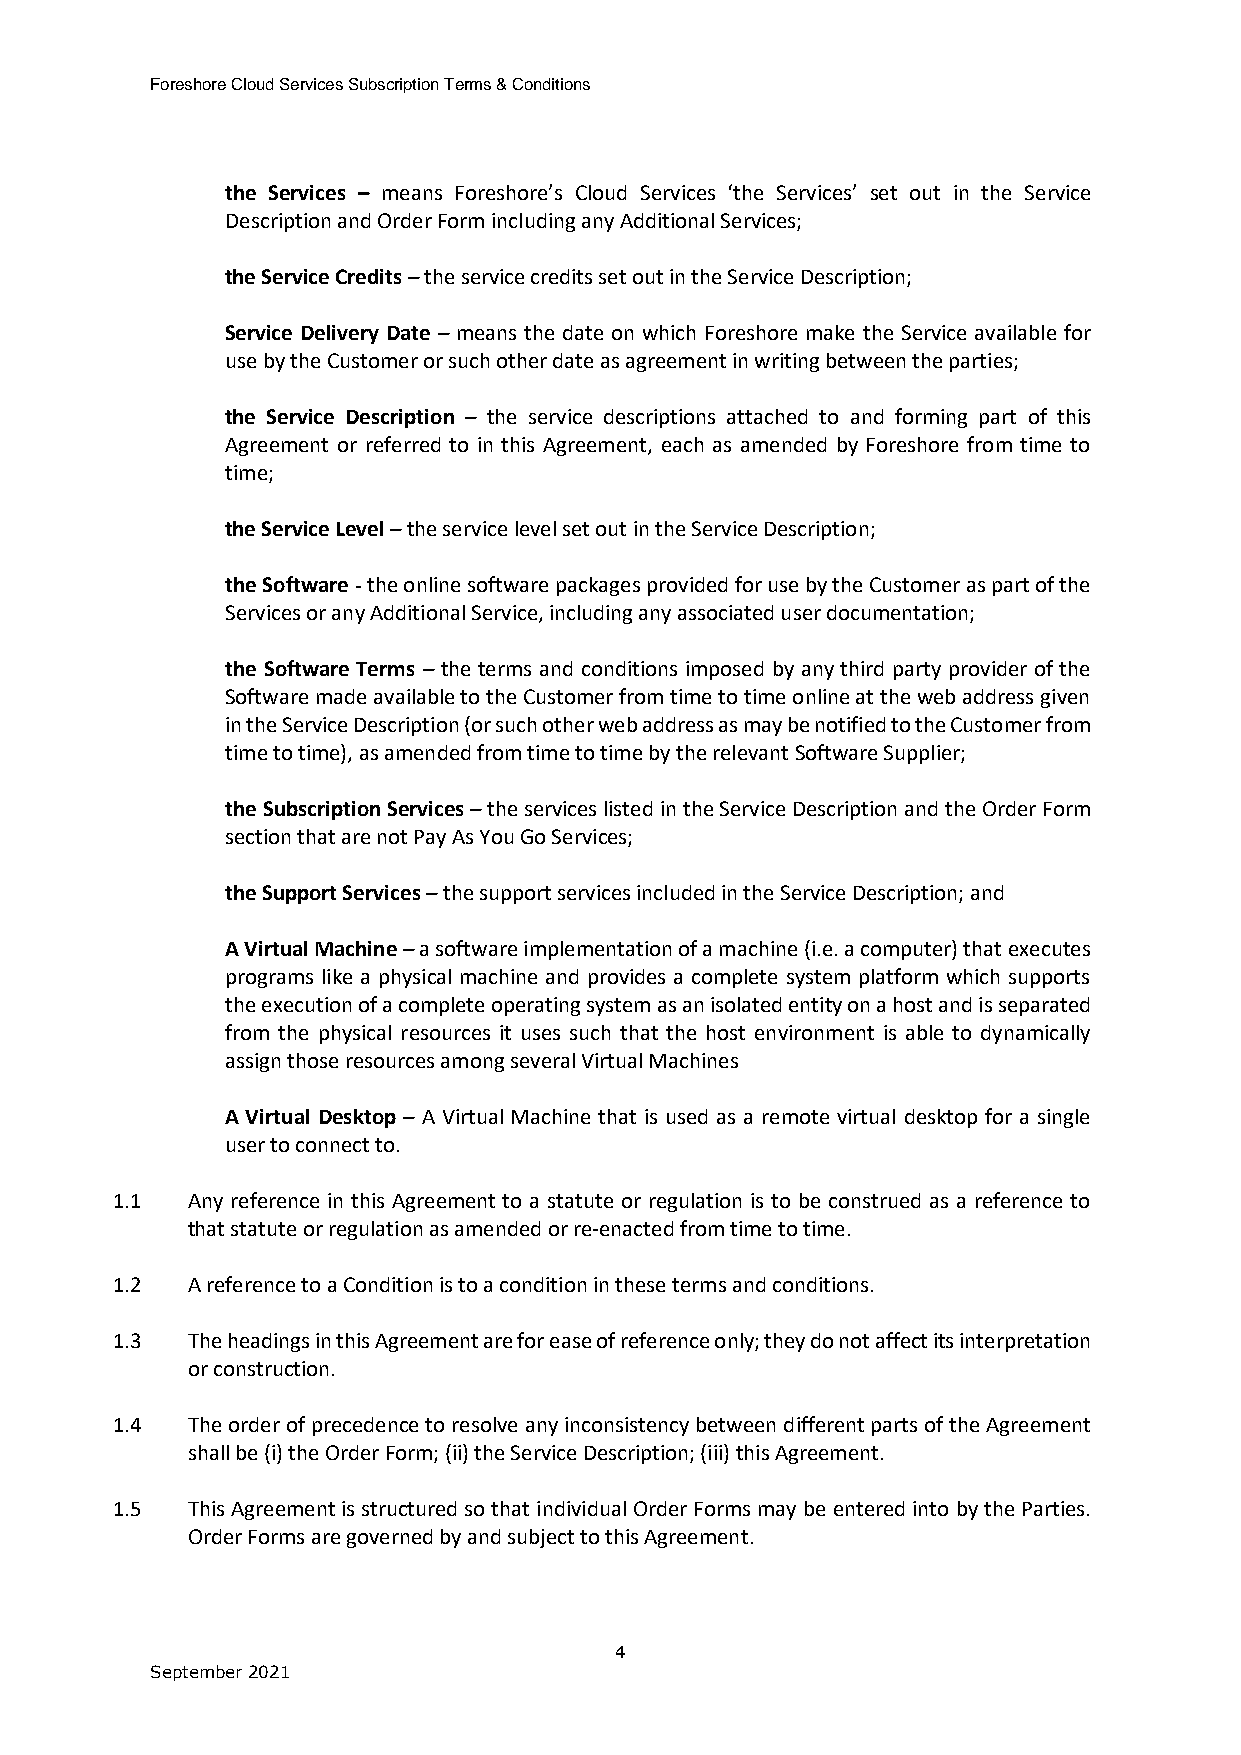
Foreshore Cloud Services Subscription Terms & Conditions
 the Services – means Foreshore’s Cloud Services ‘the Services’ set out in the Service
 Description and Order Form including any Additional Services;
 the Service Credits – the service credits set out in the Service Description;
 Service Delivery Date – means the date on which Foreshore make the Service available for
 use by the Customer or such other date as agreement in writing between the parties;
 the Service Description – the service descriptions attached to and forming part of this
 Agreement or referred to in this Agreement, each as amended by Foreshore from time to
 time;
 the Service Level – the service level set out in the Service Description;
 the Software - the online software packages provided for use by the Customer as part of the
 Services or any Additional Service, including any associated user documentation;
 the Software Terms – the terms and conditions imposed by any third party provider of the
 Software made available to the Customer from time to time online at the web address given
 in the Service Description (or such other web address as may be notified to the Customer from
 time to time), as amended from time to time by the relevant Software Supplier;
 the Subscription Services – the services listed in the Service Description and the Order Form
 section that are not Pay As You Go Services;
 the Support Services – the support services included in the Service Description; and
 A Virtual Machine – a software implementation of a machine (i.e. a computer) that executes
 programs like a physical machine and provides a complete system platform which supports
 the execution of a complete operating system as an isolated entity on a host and is separated
 from the physical resources it uses such that the host environment is able to dynamically
 assign those resources among several Virtual Machines
 A Virtual Desktop – A Virtual Machine that is used as a remote virtual desktop for a single
 user to connect to.
 1.1  Any reference in this Agreement to a statute or regulation is to be construed as a reference to
 that statute or regulation as amended or re-enacted from time to time.
 1.2  A reference to a Condition is to a condition in these terms and conditions.
 1.3  The headings in this Agreement are for ease of reference only; they do not affect its interpretation
 or construction.
 1.4  The order of precedence to resolve any inconsistency between different parts of the Agreement
 shall be (i) the Order Form; (ii) the Service Description; (iii) this Agreement.
 1.5  This Agreement is structured so that individual Order Forms may be entered into by the Parties.
 Order Forms are governed by and subject to this Agreement.
 4
 September 2021